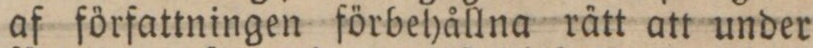
af författningen förbehållna rätt att under